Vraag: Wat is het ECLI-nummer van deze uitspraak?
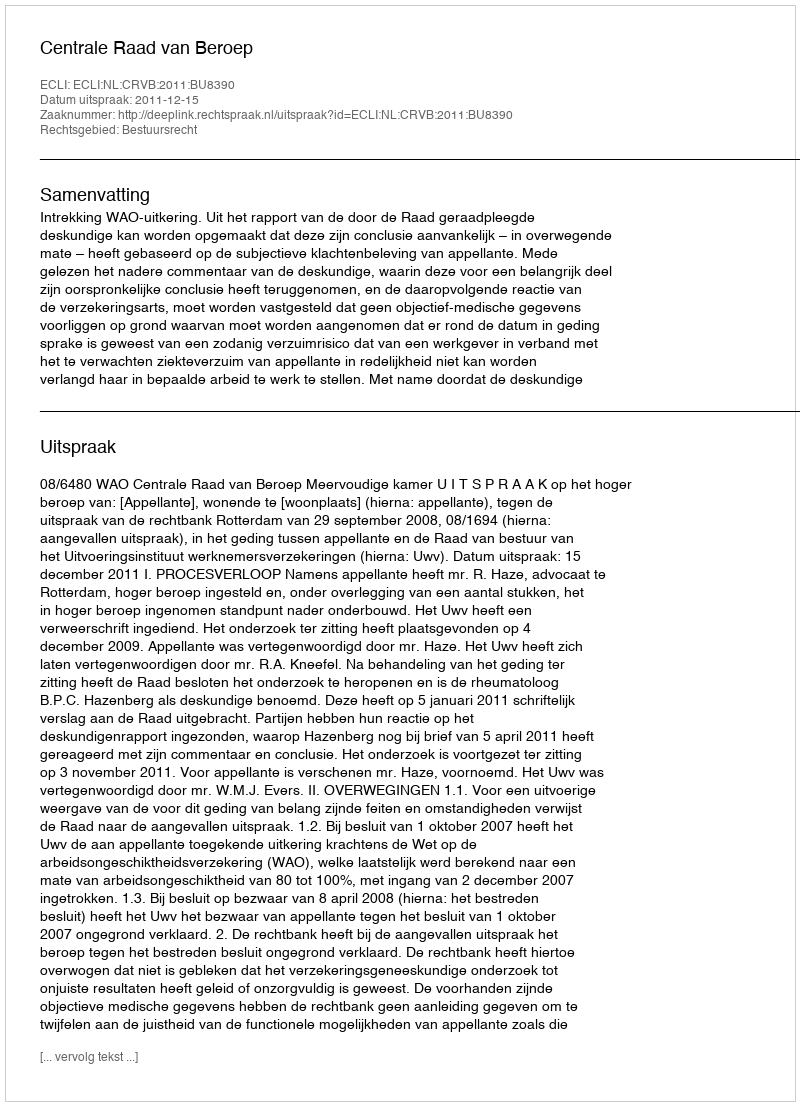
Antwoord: ECLI:NL:CRVB:2011:BU8390